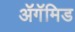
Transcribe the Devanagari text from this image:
ॲगॅमिड